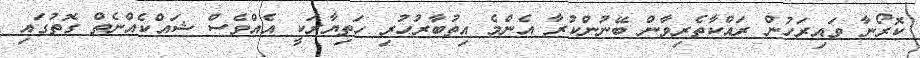
ކޮރޯނާ ވައިރަހުން ރައްކާތެރިވާން ބޭނުންކުރާ އެންމެ އިތުބާރުހުރި ހަތިޔާރަކީ އެއްވެސް ޝައްކެއްނެތް ގޮތުގައި